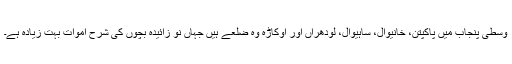
وسطی پنجاب میں پاکپتن، خانیوال، ساہیوال، لودھراں اور اوکاڑہ وہ ضلعے ہیں جہاں نو زائیدہ بچوں کی شرح اموات بہت زیادہ ہے۔